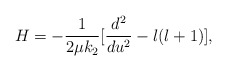
\begin{align*}H=-\frac{1}{2\mu k_2}[\frac{d^2}{du^2}-l(l+1)],\end{align*}